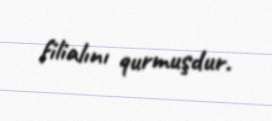
filialını qurmuşdur.